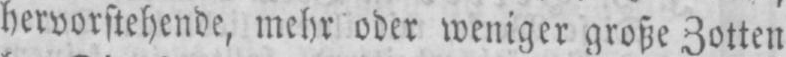
hervorstehende, mehr oder weniger große Zotten